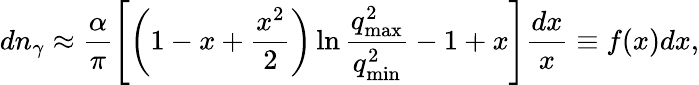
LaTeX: dn_{\gamma}\approx\frac{\alpha}{\pi}\left[\left(1-x+\frac{x^{2}}{2}\right)\ln{\frac{q_{\mathrm{max}}^{2}}{q_{\mathrm{min}}^{2}}}-1+x\right]\frac{dx}{x}\equiv f(x)dx,